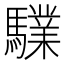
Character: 驜